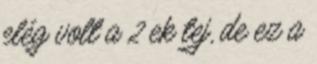
elég volt a 2 ek tej, de ez a